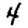
Digit: 4